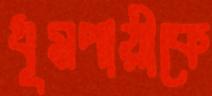
ধূমপায়ীকে